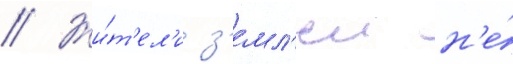
// Жи́т'ел'и з'емл'еи н'е́